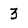
Character: 3